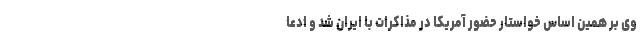
وی بر همین اساس خواستار حضور آمریکا در مذاکرات با ایران شد و ادعا